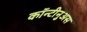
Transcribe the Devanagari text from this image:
कॉन्टीनुअस